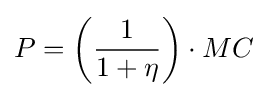
P=\left({\frac {1}{1+\eta }}\right)\cdot MC